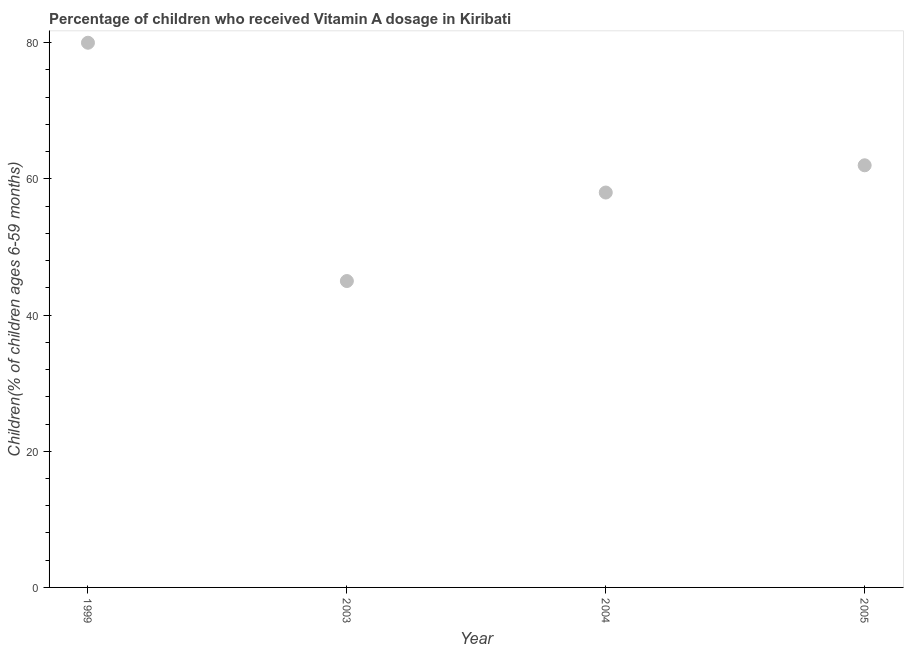
| Year | Vitamin A supplementation coverage rate  |
 | --- | --- |
 | 1999 | 80 |
 | 2003 | 45 |
 | 2004 | 58 |
 | 2005 | 62 |